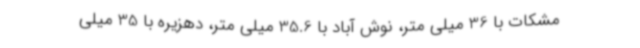
مشکات با 36 میلی متر، نوش آباد با 35.6 میلی متر، دهزیره با 35 میلی